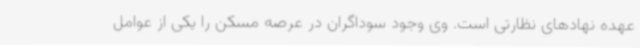
عهده نهادهای نظارتی است. وی وجود سوداگران در عرصه مسکن را یکی از عوامل